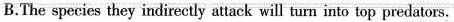
B.The species they indirectly attack will turn into top predators.